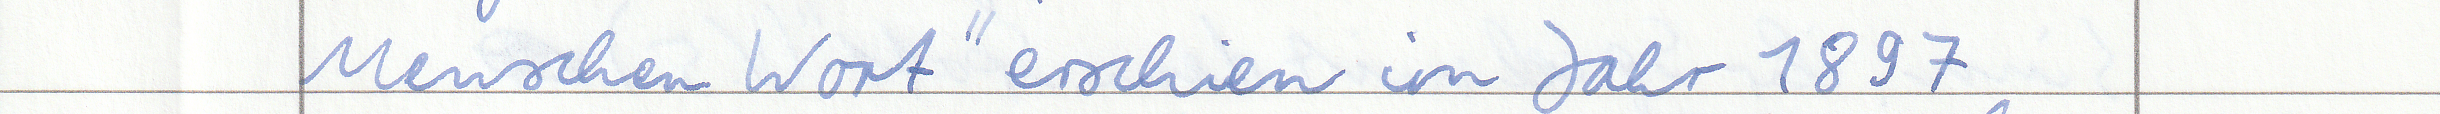
Menschen Wort" erschien im Jahr 1897